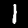
Digit: 1